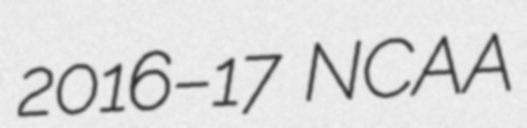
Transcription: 2016–17 NCAA